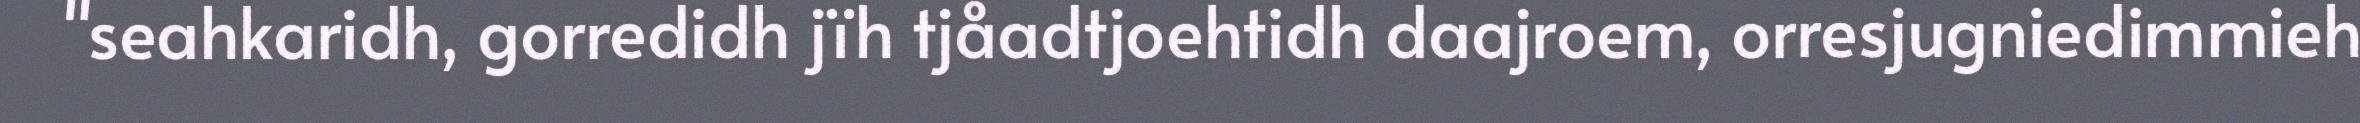
"seahkaridh, gorredidh jïh tjåadtjoehtidh daajroem, orresjugniedimmieh